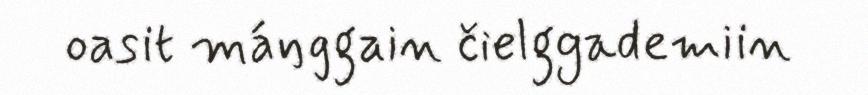
oasit máŋggain čielggademiin